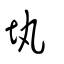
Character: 𡉕